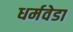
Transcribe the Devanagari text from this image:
धर्मवेडा